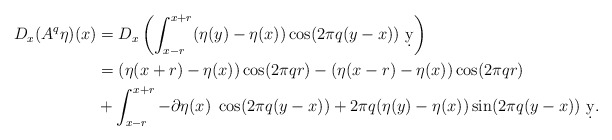
\begin{align*}D_x(A^q\eta)(x) &= D_x\left(\int_{x-r}^{x+r} (\eta(y)-\eta(x))\cos(2\pi q (y-x))\ \d y\right)\\&=(\eta(x+r)-\eta(x))\cos(2\pi q r) - (\eta(x-r)-\eta(x))\cos(2\pi q r)\\&+\int_{x-r}^{x+r} -\partial \eta(x)\ \cos(2\pi q (y-x)) + 2\pi q (\eta(y)-\eta(x))\sin(2\pi q (y-x)) \ \d y.\end{align*}